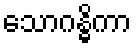
သောဂန္ဓိကာ